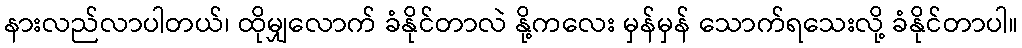
နားလည်လာပါတယ်၊ ထိုမျှလောက် ခံနိုင်တာလဲ နို့ကလေး မှန်မှန် သောက်ရသေးလို့ ခံနိုင်တာပါ။